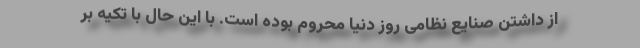
از داشتن صنایع نظامی روز دنیا محروم بوده است. با این حال با تکیه بر